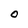
Character: O